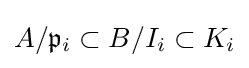
A/{{\mathfrak {p}}_{i}}\subset B/{I_{i}}\subset K_{i}